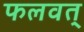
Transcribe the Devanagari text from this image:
फलवत्